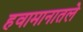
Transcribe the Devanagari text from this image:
हवामानातले